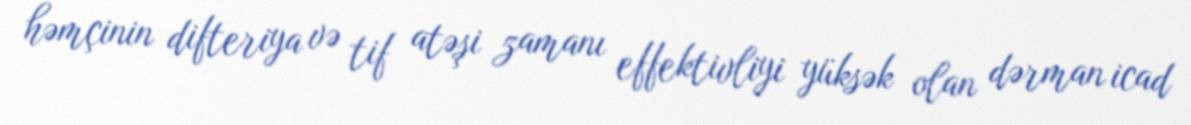
həmçinin difteriya və tif atəşi zamanı effektivliyi yüksək olan dərman icad